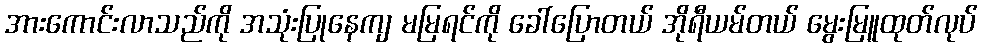
အားကောင်းလာသည်ကို အသုံးပြုနေကျ မမြရင်ကို ခေါ်ပြောတယ် အိုရီယမ်တယ် မွေးမြူထုတ်လုပ်